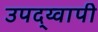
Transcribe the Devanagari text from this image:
उपद्य्वापी